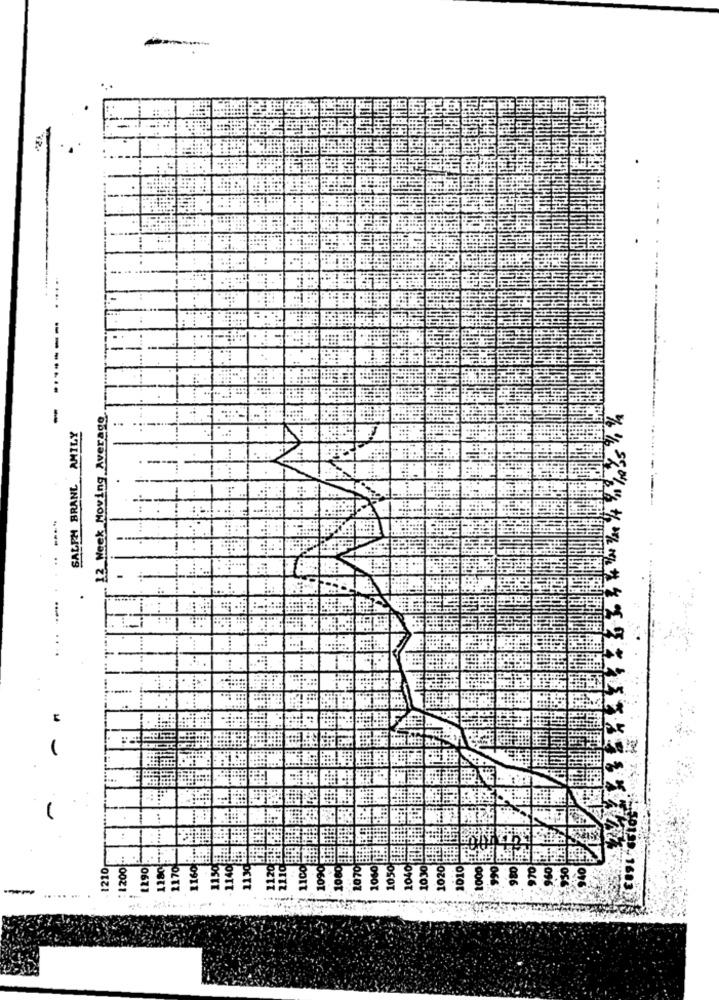
....
--
12 Week Moving Average
SALPH BRANL AMILY
---. .
....
1210
067
..... ...
1683.